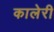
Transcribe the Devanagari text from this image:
कालेरी